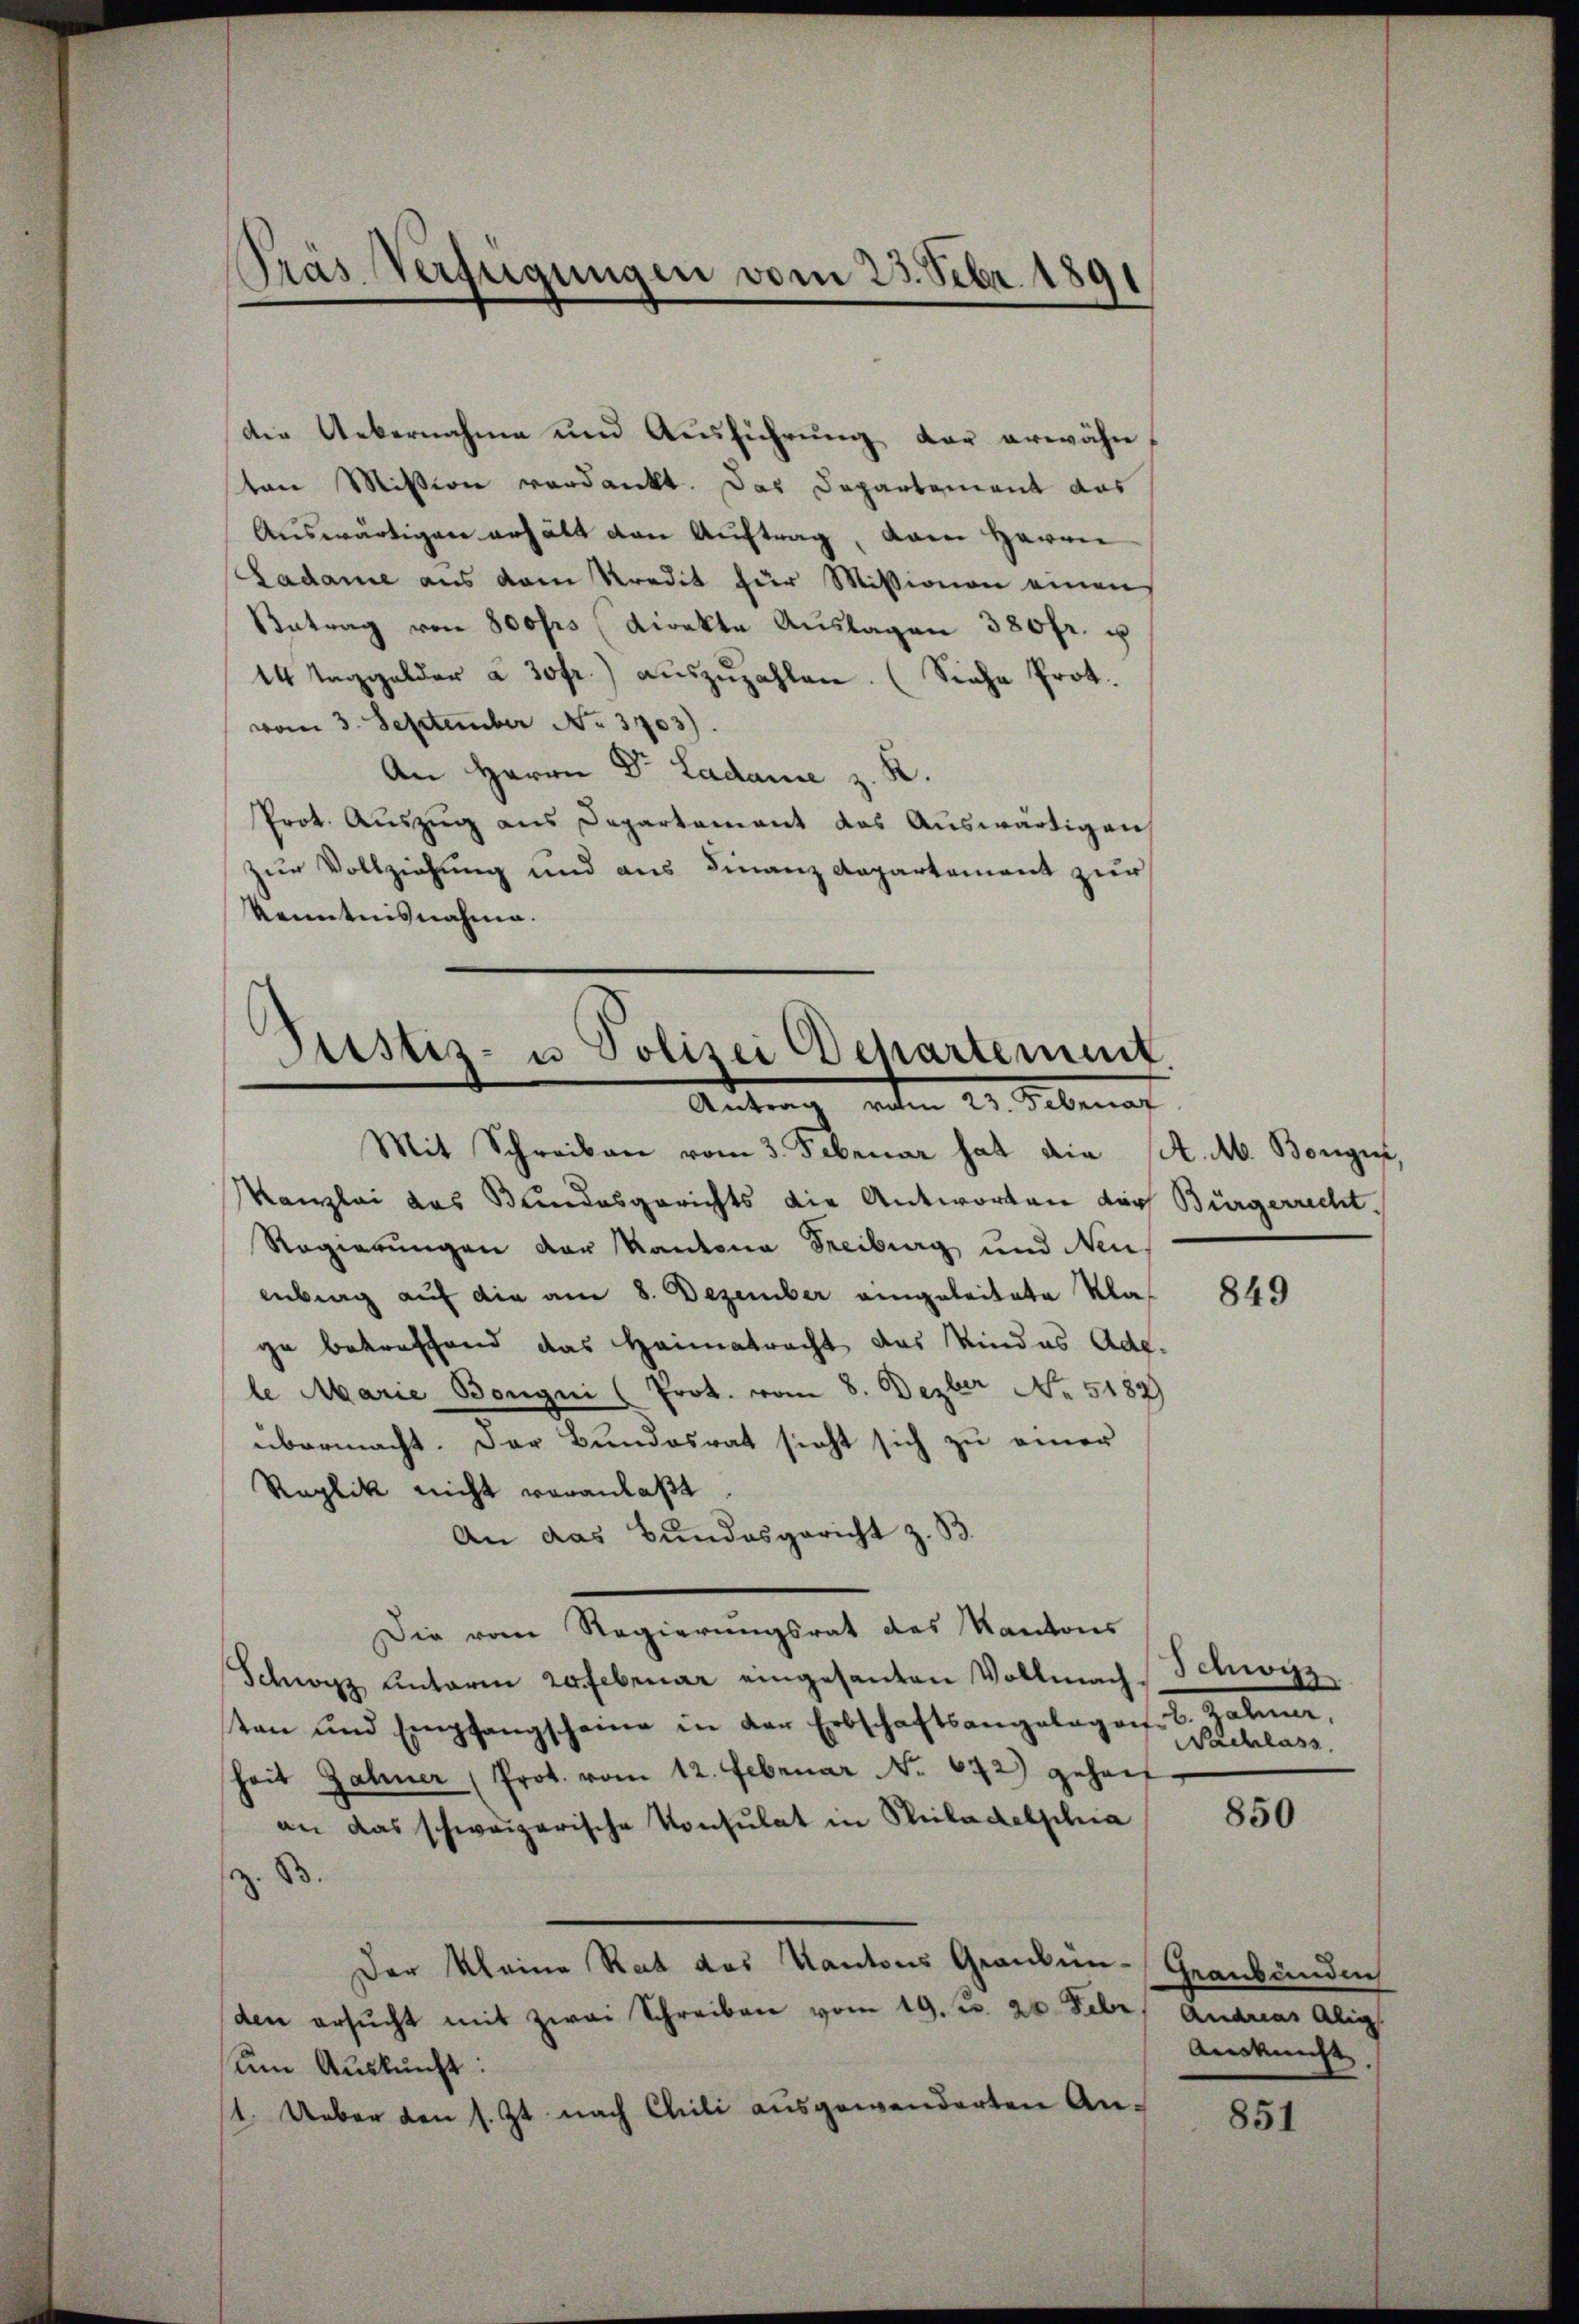
Präs. Verfügungen vom 23. Febr. 1891

die Uebernahme und Ausführung der erwähn
ten Mission verdankt. Das Departement das
Auswärtigen erhält von Auftrag, dem Herrn
Ladame aus dem Kredit zur Missionen einen
Antrag von 800frs (direkte Auslagen 380fr. u
14 Taggelder à 30fr. aŭszŭzahlen. (Siehe Prot.
vom 3. September No. 3703).
An Herrn Dr. Ladame z. R.
Prot. Auszug aus Departement das Auswärtigen
zur Vollziehung und aus Finanzdepartement zur
Kenntnisnahme.

Justiz- u Polizei Departement
Antrag vom 23. Februar

Mit Schreiben vom 3. Februar hat die (St. Ab. Bongue,
Kanzlei das Bundesgerichts die Antworten der Bürgerrecht.
Regierungen der Kantona Freiburg und Neu
enberg auf die am 8. Dezember eingeleitete Klas
ge betreffend das Heimatracht das Kindes Ade.
le Marie Bongni (Prot. vom 8. Dezber No. 5182)
übermacht. Der Bundesrat sicht sich zu einer
Replik nicht veranlaßt.
An das Bundesgericht z. B.
Die vom Regierungsrat des Kantons
Schwyz unterm refebruar eingesanten Vollmach-
tan und Empfangscheine in der Erbschaftsangelagen. B. Zahner,
heit Jahner (Prot. vom 12. Februar No. 672) gehaef
an das schweizerische Konsulat in Philadelphia
z. B.
Der Kleine Rat das Kantons Graubünden ersŭcht mit zwai Schreiben vom 19. d. 20. Febr. Andreas Alig
um Auskunft:
1. Ueber den s. Zt. nach Chili ausgewanderten An-

849

Schwyz
Nachlass

850

Graubünden
Auskunft.

851